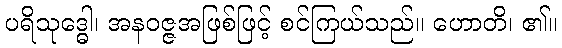
ပရိသုဒ္ဓေါ၊ အနဝဇ္ဇအဖြစ်ဖြင့် စင်ကြယ်သည်။ ဟောတိ၊ ၏။